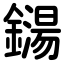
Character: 鐋